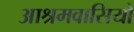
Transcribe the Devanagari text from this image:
आश्रमवासियो